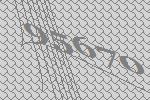
95670